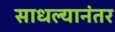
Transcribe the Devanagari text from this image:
साधल्यानंतर